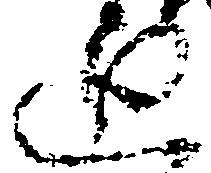
廻